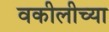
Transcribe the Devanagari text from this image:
वकीलीच्या